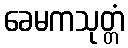
ခေမကသုတ္တံ